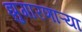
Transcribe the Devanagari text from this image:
झुगारणाऱ्या